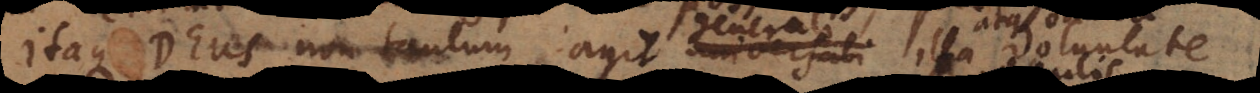
aque Deus non tantum agit universali illa atque